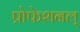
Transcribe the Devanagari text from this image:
प्रोफेशनल्